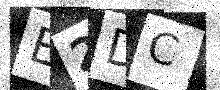
Text: E2DC